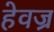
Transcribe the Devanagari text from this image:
हेवज्र